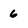
Character: 6